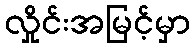
လှိုင်းအမြင့်မှာ